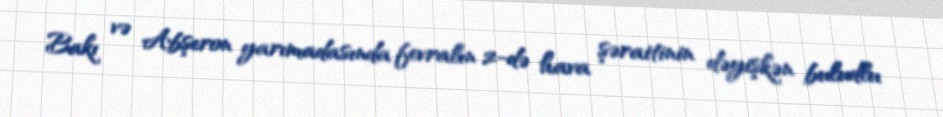
Bakı və Abşeron yarımadasında fevralın 2-də hava şəraitinin dəyişkən buludlu